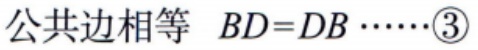
公共边相等 \(BD = DB\cdots\cdots\textcircled{3}\)